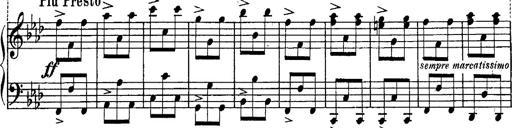
Title: Schubert's Impromptus [revised and edited by Franz Liszt]
Composer: Franz Liszt